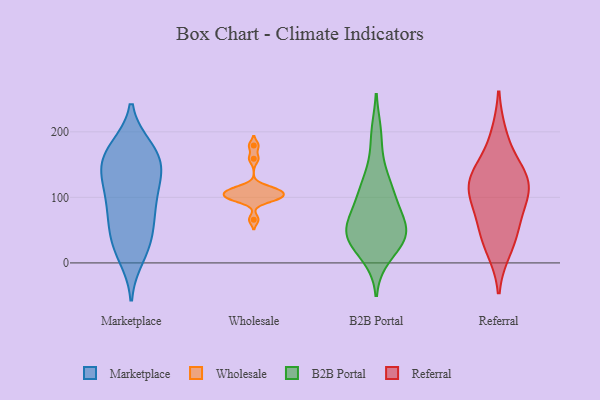
{"axis": {"x": "Website Visitors", "y": "Value"}, "legend": ["B2B Portal", "Marketplace", "Referral", "Wholesale"], "data": [{"x": "", "y": 36, "type": "Marketplace"}, {"x": "", "y": 143, "type": "Marketplace"}, {"x": "", "y": 78, "type": "Marketplace"}, {"x": "", "y": 10, "type": "Marketplace"}, {"x": "", "y": 75, "type": "Marketplace"}, {"x": "", "y": 169, "type": "Marketplace"}, {"x": "", "y": 160, "type": "Marketplace"}, {"x": "", "y": 36, "type": "Marketplace"}, {"x": "", "y": 123, "type": "Marketplace"}, {"x": "", "y": 70, "type": "Marketplace"}, {"x": "", "y": 172, "type": "Marketplace"}, {"x": "", "y": 175, "type": "Marketplace"}, {"x": "", "y": 155, "type": "Marketplace"}, {"x": "", "y": 131, "type": "Marketplace"}, {"x": "", "y": 120, "type": "Marketplace"}, {"x": "", "y": 97, "type": "Marketplace"}, {"x": "", "y": 22, "type": "Marketplace"}, {"x": "", "y": 111, "type": "Wholesale"}, {"x": "", "y": 114, "type": "Wholesale"}, {"x": "", "y": 102, "type": "Wholesale"}, {"x": "", "y": 113, "type": "Wholesale"}, {"x": "", "y": 96, "type": "Wholesale"}, {"x": "", "y": 66, "type": "Wholesale"}, {"x": "", "y": 98, "type": "Wholesale"}, {"x": "", "y": 108, "type": "Wholesale"}, {"x": "", "y": 98, "type": "Wholesale"}, {"x": "", "y": 159, "type": "Wholesale"}, {"x": "", "y": 104, "type": "Wholesale"}, {"x": "", "y": 179, "type": "Wholesale"}, {"x": "", "y": 10, "type": "B2B Portal"}, {"x": "", "y": 58, "type": "B2B Portal"}, {"x": "", "y": 45, "type": "B2B Portal"}, {"x": "", "y": 113, "type": "B2B Portal"}, {"x": "", "y": 38, "type": "B2B Portal"}, {"x": "", "y": 95, "type": "B2B Portal"}, {"x": "", "y": 37, "type": "B2B Portal"}, {"x": "", "y": 138, "type": "B2B Portal"}, {"x": "", "y": 43, "type": "B2B Portal"}, {"x": "", "y": 197, "type": "B2B Portal"}, {"x": "", "y": 92, "type": "B2B Portal"}, {"x": "", "y": 53, "type": "B2B Portal"}, {"x": "", "y": 102, "type": "Referral"}, {"x": "", "y": 57, "type": "Referral"}, {"x": "", "y": 126, "type": "Referral"}, {"x": "", "y": 22, "type": "Referral"}, {"x": "", "y": 143, "type": "Referral"}, {"x": "", "y": 122, "type": "Referral"}, {"x": "", "y": 91, "type": "Referral"}, {"x": "", "y": 125, "type": "Referral"}, {"x": "", "y": 42, "type": "Referral"}, {"x": "", "y": 193, "type": "Referral"}]}